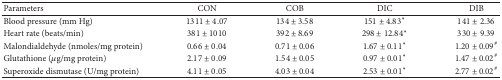
<table><thead><tr><td><b>Parameters</b></td><td><b>CON</b></td><td><b>COB</b></td><td><b>DIC</b></td><td><b>DIB</b></td></tr></thead><tbody><tr><td>Blood pressure (mm Hg)</td><td>1311 ± 4.07</td><td>134 ± 3.58</td><td>151 ± 4.83*</td><td>141 ± 2.36</td></tr><tr><td>Heart rate (beats/min)</td><td>381 ± 1010</td><td>392 ± 8.69</td><td>298 ± 12.84*</td><td>330 ± 9.39</td></tr><tr><td>Malondialdehyde (nmoles/mg protein)</td><td>0.66 ± 0.04</td><td>0.71 ± 0.06</td><td>1.67 ± 0.11*</td><td>1.20 ± 0.09<sup>#</sup></td></tr><tr><td>Glutathione (<i>μ</i>g/mg protein)</td><td>2.17 ± 0.09</td><td>1.54 ± 0.05</td><td>0.97 ± 0.01*</td><td>1.47 ± 0.02<sup>#</sup></td></tr><tr><td>Superoxide dismutase (U/mg protein)</td><td>4.11 ± 0.05</td><td>4.03 ± 0.04</td><td>2.53 ± 0.01*</td><td>2.77 ± 0.02<sup>#</sup></td></tr></tbody></table>